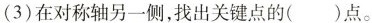
(3)在对称轴另一侧，找出关键点的( )点。